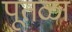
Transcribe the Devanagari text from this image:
पूतळा